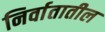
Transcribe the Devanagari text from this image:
निर्वातातील